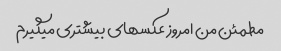
مطمئن من امروز عکسهای بیشتری میگیرم